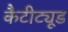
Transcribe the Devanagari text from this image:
कैटीट्यूड